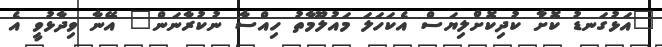
"އަޅުގަނޑު ކޮށާ ކުދިކޮށްލިޔަސް އެކަހަލަ މައުލޫމާތު ހިއްސާ ނުކުރާނަން" އޭނާ ވިދާޅުވީ އެ